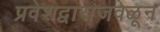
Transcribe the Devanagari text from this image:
प्रवेशद्वाराजवळून